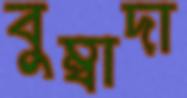
বুম্বাদা